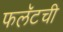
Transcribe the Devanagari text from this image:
फलॅटची